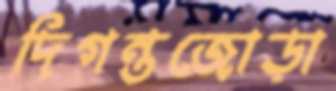
দিগন্তজোড়া